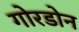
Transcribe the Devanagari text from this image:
गोरडोन